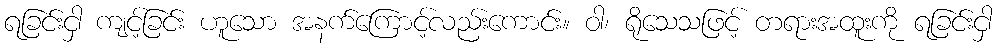
ရခြင်းငှါ ကျင့်ခြင်း ဟူသော အနက်ကြောင့်လည်းကောင်း။ ဝါ၊ ရိုသေသဖြင့် တရားအထူးကို ရခြင်းငှါ